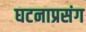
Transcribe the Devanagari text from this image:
घटनाप्रसंग